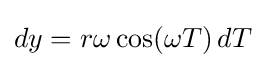
dy=r\omega \cos(\omega T)\,dT